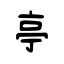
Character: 亭